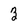
Character: 3